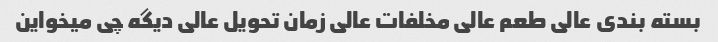
بسته بندی عالی طعم عالی مخلفات عالی زمان تحویل عالی دیگه چی میخواین